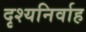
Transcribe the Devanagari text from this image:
दृश्यनिर्वाह